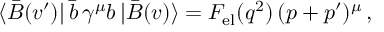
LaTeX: \langle \bar { B } ( v ^ { \prime } ) | \, \bar { b } \, \gamma ^ { \mu } b \, | \bar { B } ( v ) \rangle = F _ { \mathrm { e l } } ( q ^ { 2 } ) \, ( p + p ^ { \prime } ) ^ { \mu } \, ,